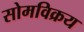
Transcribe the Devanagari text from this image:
सोमविक्रय